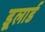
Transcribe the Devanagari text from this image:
डूलार्ड